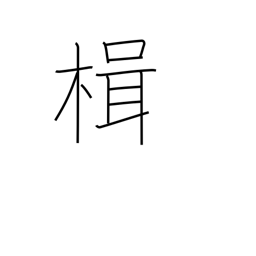
Meaning: sculling oar